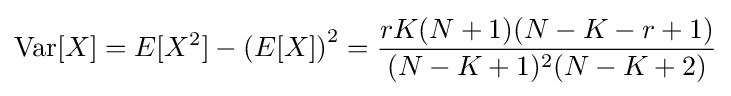
{\textrm {Var}}[X]=E[X^{2}]-\left(E[X]\right)^{2}={\frac {rK(N+1)(N-K-r+1)}{(N-K+1)^{2}(N-K+2)}}